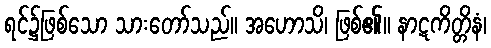
ရင်၌ဖြစ်သော သားတော်သည်။ အဟောသိ၊ ဖြစ်၏။ နာဋကိတ္တိနံ၊